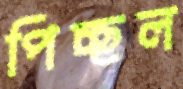
পিচ্ছল